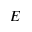
E